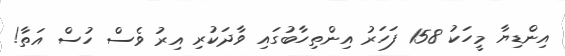
އިންޑިޔާ މީހަކު 158 ފަހަރު އިންތިހާބުގައި ވާދަކުރި އިރު ވެސް ހުސް އަތާ!